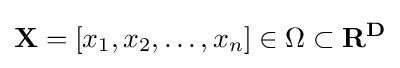
\mathbf {X} =[x_{1},x_{2},\ldots ,x_{n}]\in \Omega \subset \mathbf {R^{D}}